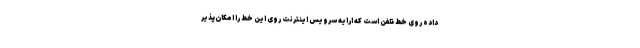
داده روی خط تلفن است که ارایه سرویس اینترنت روی این خط را امکان‌پذیر